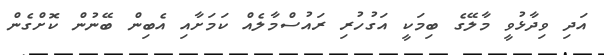
އަދި ވިދާޅުވީ މާލޭގެ ބިމަކީ އަގުހުރި ރައުސްމާލެއް ކަމަށާއި އެބިން ބޭނުން ކޮށްގެން